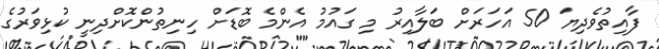
ފާއިތުވެދިޔަ 50 އަހަރަށް ބަލާއިރު މި ގައުމު އެންމެ ބޮޑަށް ހިނިތުންކޮށްދިނީ ކުޅިވަރުގެ